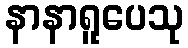
နာနာရူပေသု